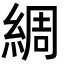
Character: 綢